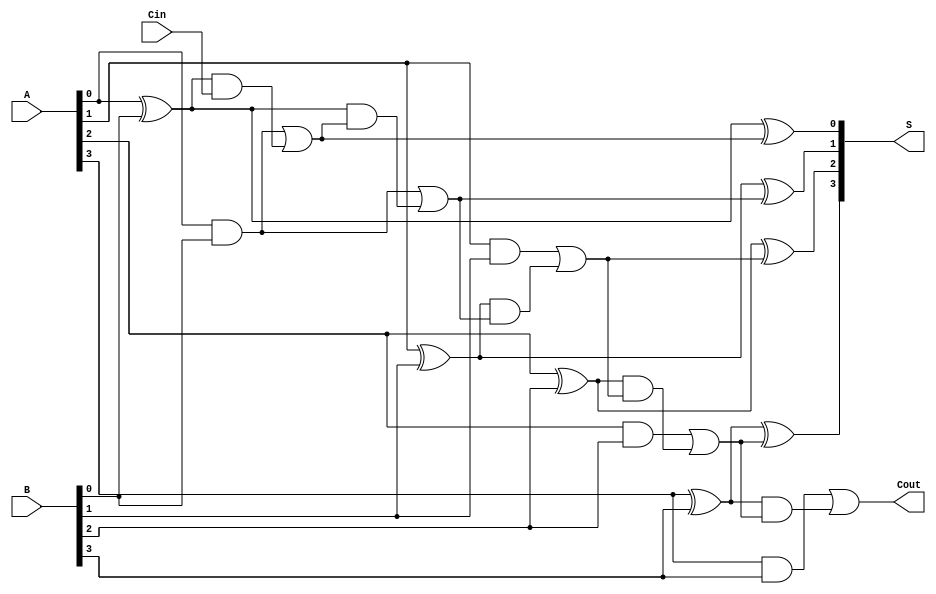
module ling_adder #(parameter N = 4) (
    input  [N-1:0] A,      // First binary number (n bits)
    input  [N-1:0] B,      // Second binary number (n bits)
    input         Cin,      // Carry-in
    output [N-1:0] S,      // Sum output (n bits)
    output        Cout      // Carry-out
);

    wire [N-1:0] G;        // Generate signals
    wire [N-1:0] P;        // Propagate signals
    wire [N:0] C;          // Carry signals

    // Generate and Propagate signals
    generate
        genvar i;
        for (i = 0; i < N; i = i + 1) begin : gen_prop
            assign G[i] = A[i] & B[i];        // Generate signal
            assign P[i] = A[i] ^ B[i];        // Propagate signal
        end
    endgenerate

    // Carry calculation
    assign C[0] = G[0] | (P[0] & Cin);           // C0 = G0 + P0 * Cin

    generate
        for (i = 1; i <= N; i = i + 1) begin : carry_calc
            assign C[i] = G[i-1] | (P[i-1] & C[i-1]); // Ci = Gi-1 + Pi-1 * Ci-1
        end
    endgenerate

    // Sum calculation
    generate
        for (i = 0; i < N; i = i + 1) begin : sum_calc
            assign S[i] = A[i] ^ B[i] ^ C[i]; // Si = Ai ^ Bi ^ Ci
        end
    endgenerate

    // Final carry-out
    assign Cout = C[N]; // Carry-out is the last carry

endmodule